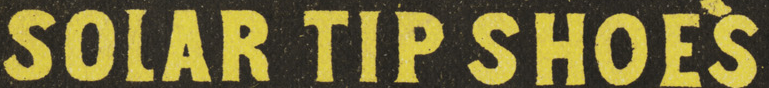
SOLAR TIP SHOE'S